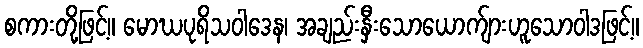
စကားတို့ဖြင့်။ မောဃပုရိသဝါဒေန၊ အချည်းနှီးသောယောက်ျားဟူသောဝါဒဖြင့်။